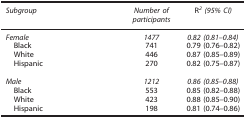
| Subgroup | Number of participants | R2(95% CI) |
 | --- | --- | --- |
 | Female | 1477 | 0.82 (0.81–0.84) |
 | Black | 741 | 0.79 (0.76–0.82) |
 | White | 446 | 0.87 (0.85–0.89) |
 | Hispanic | 270 | 0.82 (0.75–0.87) |
 |  |  |  |
 | Male | 1212 | 0.86 (0.85–0.88) |
 | Black | 553 | 0.85 (0.82–0.88) |
 | White | 423 | 0.88 (0.85–0.90) |
 | Hispanic | 198 | 0.81 (0.74–0.86) |